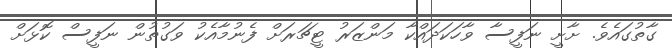
ގާތުގައެވެ. ށާށީ ނަފީސާ ވާހަކަދައްކާ މަންޒަރު ޓީޗަރަށް ފެނުމާއެކު ވަގުތުން ނަފީސް ކޮޅަށް